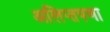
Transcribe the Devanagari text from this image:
अलिप्तपणा